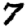
Digit: 7